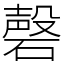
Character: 磬